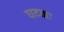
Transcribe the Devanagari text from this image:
घटकः